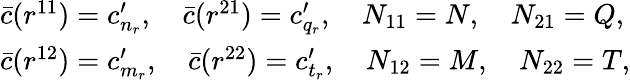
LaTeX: \begin{array}{l}{{\bar{c}(r^{11})=c_{n_{r}}^{\prime},\quad\bar{c}(r^{21})=c_{q_{r}}^{\prime},\quad N_{11}=N,\quad N_{21}=Q,}}\\ {{\bar{c}(r^{12})=c_{m_{r}}^{\prime},\quad\bar{c}(r^{22})=c_{t_{r}}^{\prime},\quad N_{12}=M,\quad N_{22}=T,}}\end{array}